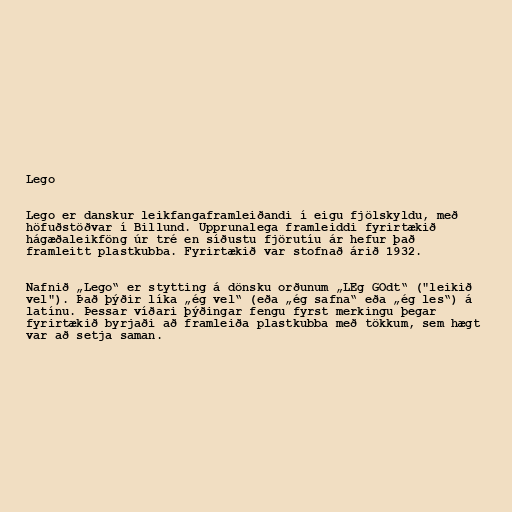
Lego

Lego er danskur leikfangaframleiðandi í eigu fjölskyldu, með
höfuðstöðvar í Billund. Upprunalega framleiddi fyrirtækið
hágæðaleikföng úr tré en síðustu fjörutíu ár hefur það
framleitt plastkubba. Fyrirtækið var stofnað árið 1932.

Nafnið „Lego“ er stytting á dönsku orðunum „LEg GOdt“ ("leikið
vel"). Það þýðir líka „ég vel“ (eða „ég safna“ eða „ég les“) á
latínu. Þessar víðari þýðingar fengu fyrst merkingu þegar
fyrirtækið byrjaði að framleiða plastkubba með tökkum, sem hægt
var að setja saman.